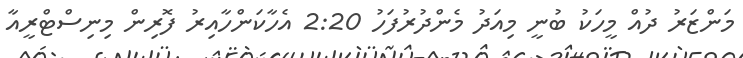
މަންޒަރު ދުއް މީހަކު ބުނީ މިއަދު މެންދުރުފަހު 2:20 އެހާކަންހާއިރު ފޮރިން މިނިސްޓްރީއާ